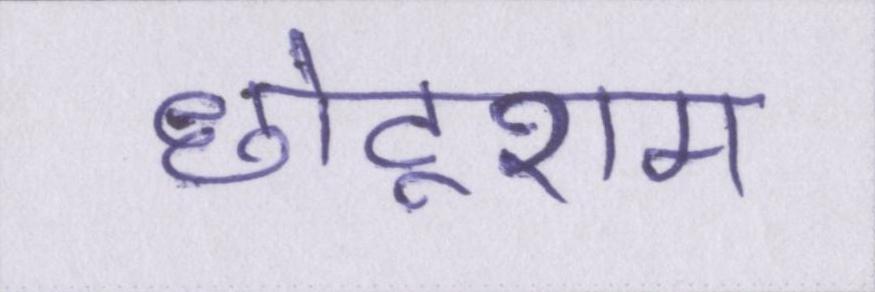
छोटूराम